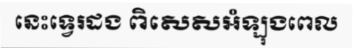
នេះទ្វេរដង ពិសេសអំឡុងពេល